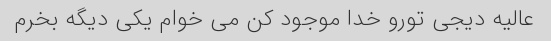
عالیه دیجی تورو خدا موجود کن می خوام یکی دیگه بخرم